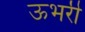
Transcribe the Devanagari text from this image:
ऊभरी